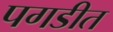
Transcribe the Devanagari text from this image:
पगडीत